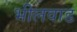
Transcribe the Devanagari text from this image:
भीलवाड